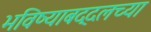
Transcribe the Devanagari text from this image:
भविष्याबद्दलच्या